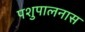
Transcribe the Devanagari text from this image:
पशुपालनास